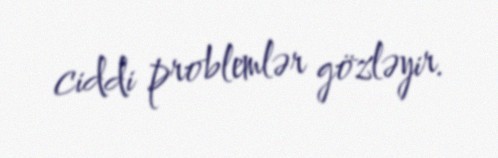
ciddi problemlər gözləyir.